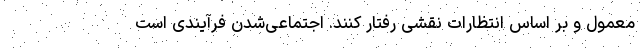
معمول و بر اساس انتظارات نقشی رفتار کنند. اجتماعی‌شدن فرآیندی است